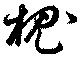
槐